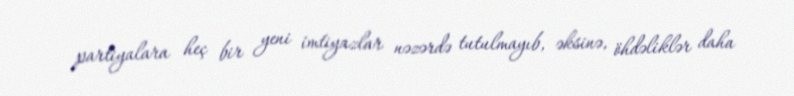
partiyalara heç bir yeni imtiyazlar nəzərdə tutulmayıb, əksinə, öhdəliklər daha